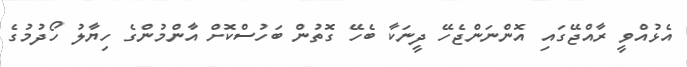
އެޅުއްވީ ރާއްޖޭގައި އޮންނަންޖެހޭ ދީނަކާ ބެހޭ ގޮތުން ބަހުސްކޮށް އާންމުންގެ ހިޔާލު ހޯދުމުގެ